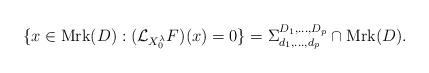
LaTeX: \begin{align*}\{x\in\operatorname{Mrk}(D) : (\mathcal{L}_{X_{0}^{\lambda}}F)(x)=0\}=\Sigma^{D_1,\dots,D_p}_{d_1,\dots,d_p}\cap \operatorname{Mrk}(D).\end{align*}